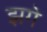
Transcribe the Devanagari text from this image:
झगे